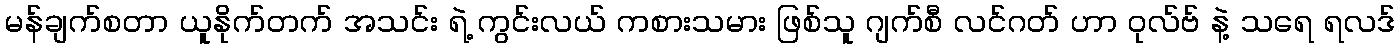
မန်ချက်စတာ ယူနိုက်တက် အသင်း ရဲ့ ကွင်းလယ် ကစားသမား ဖြစ်သူ ဂျက်စီ လင်ဂတ် ဟာ ဝုလ်ဗ် နဲ့ သရေ ရလဒ်